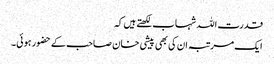
قدرت اللہ شہاب لکھتے ہیں کہ
ایک مرتبہ ان کی بھی پیشی خان صاحب کے حضور ہوئی۔